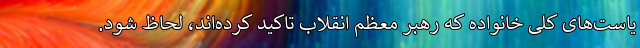
یاست‌های کلی خانواده که رهبر معظم انقلاب تاکید کرده‌اند، لحاظ شود.